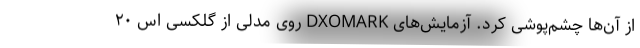
از آن‌ها چشم‌پوشی کرد. آزمایش‌‌های DXOMARK روی مدلی از گلکسی اس ۲۰